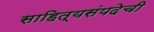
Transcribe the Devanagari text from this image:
साहित्यसंपदेची